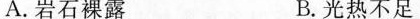
A.岩石裸露 B.光热不足